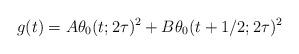
LaTeX: \begin{align*}g(t) = A \theta_0(t; 2\tau)^2 + B \theta_0(t + 1/2; 2\tau)^2\end{align*}